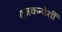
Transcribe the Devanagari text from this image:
राजकन्येशीं